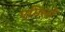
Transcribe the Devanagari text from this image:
एमिलो